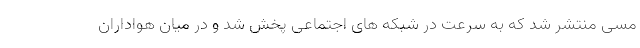
مسی منتشر شد که به سرعت در شبکه های اجتماعی پخش شد و در میان هواداران